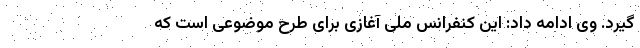
گیرد. وی ادامه داد: این کنفرانس ملی آغازی برای طرح موضوعی است که